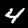
Label: 4